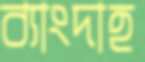
ব্যাংদাহ